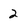
Character: 2